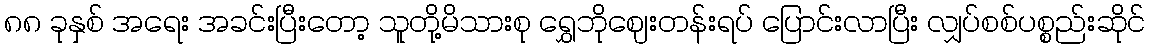
၈၈ ခုနှစ် အရေး အခင်းပြီးတော့ သူတို့မိသားစု ရွှေဘိုဈေးတန်းရပ် ပြောင်းလာပြီး လျှပ်စစ်ပစ္စည်းဆိုင်